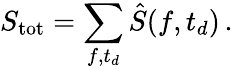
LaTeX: S_{\mathrm{tot}}=\sum_{f,t_{d}}\hat{S}(f,t_{d})\, .